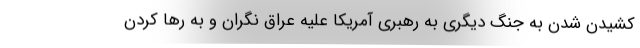
کشیدن شدن به جنگ دیگری به رهبری آمریکا علیه عراق نگران و به رها کردن